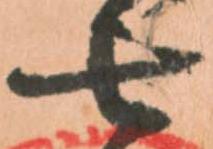
七